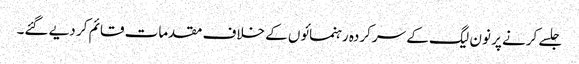
جلسے کرنے پر نون لیگ کے سرکردہ رہنمائوں کے خلاف مقدمات قائم کر دیے گئے۔